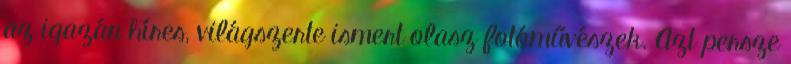
az igazán híres, világszerte ismert olasz fotóművészek. Azt persze